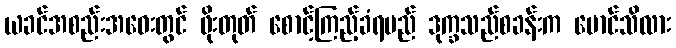
ယခင်အစည်းအဝေးတွင် ဖိုးတုတ် စောင့်ကြည့်ခံရမည် ဒုက္ခသည်စခန်းက မောင်သိလား